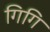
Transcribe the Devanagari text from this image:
गिगि